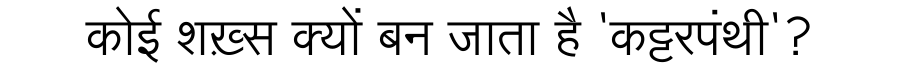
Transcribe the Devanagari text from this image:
कोई शख़्स क्यों बन जाता है 'कट्टरपंथी'?